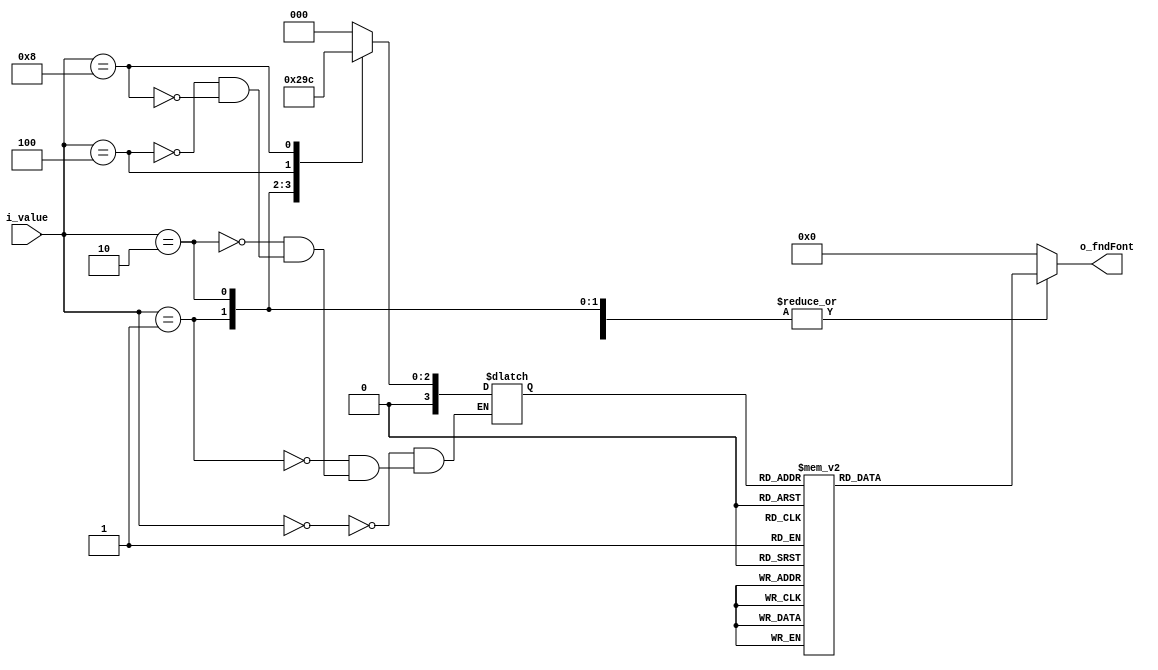
`timescale 1ns / 1ps

module BCDtoFND_decoder(
    input [3:0] i_value,
    output [7:0] o_fndFont
    );

    reg [7:0] r_fndFont;
    assign o_fndFont = r_fndFont;

    reg [3:0] r_value;
    assign o_value = r_value;


    always @(*) begin
        r_fndFont = 8'b11111111;
        case (r_value)
            4'h0 : r_fndFont = 8'hc0;
            4'h1 : r_fndFont = 8'hf9;
            4'h2 : r_fndFont = 8'ha4;
            4'h3 : r_fndFont = 8'hb0;
            4'h4 : r_fndFont = 8'h99;
            4'h5 : r_fndFont = 8'h92;
            4'h6 : r_fndFont = 8'h82;
            4'h7 : r_fndFont = 8'hf8;
            4'h8 : r_fndFont = 8'h80;
            4'h9 : r_fndFont = 8'h90;
            4'ha : r_fndFont = 8'h7f;
            default : r_fndFont = 8'hff;
        endcase

        case (i_value)
            4'b0000 : r_value = 4'd00;
            4'b0001 : r_value = 4'd01;
            4'b0010 : r_value = 4'd02;
            4'b0100 : r_value = 4'd03;
            4'b1000 : r_value = 4'd04;
            default : r_fndFont = 4'd00;
        endcase
    end 
endmodule